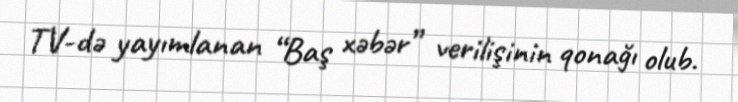
TV-də yayımlanan “Baş xəbər” verilişinin qonağı olub.